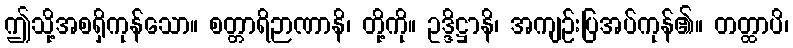
ဤသို့အစရှိကုန်သော။ စတ္တာရိဉာဏာနိ၊ တို့ကို။ ဥဒ္ဒိဋ္ဌာနိ၊ အကျဉ်းပြအပ်ကုန်၏။ တတ္ထာပိ၊